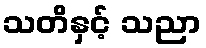
သတိနှင့် သညာ